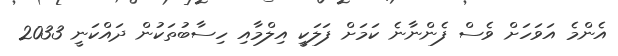
އެންމެ އަވަހަށް ވެސް ފެންނާނެ ކަމަށް ފަލަކީ އިލްމާއި ހިސާބުތަކުން ދައްކަނީ 2033